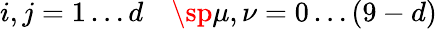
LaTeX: i,j=1\ldots d\quad\sp\mu,\nu=0\ldots(9-d)